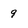
Character: 9